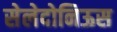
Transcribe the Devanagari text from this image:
सेलेदोनिऊस